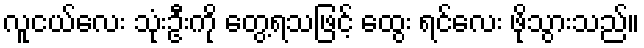
လူငယ်လေး သုံးဦးကို တွေ့ရသဖြင့် ထွေး ရင်လေး ဖိုသွားသည်။